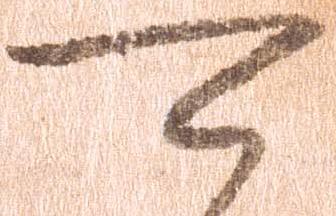
可